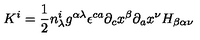
K ^ { i } = \frac { 1 } { 2 } n _ { \lambda } ^ { i } g ^ { \alpha \lambda } { \epsilon } ^ { c a } { \partial } _ { c } x ^ { \beta } { \partial } _ { a } x ^ { \nu } H _ { \beta \alpha \nu }